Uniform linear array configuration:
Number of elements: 12
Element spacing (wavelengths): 0.75
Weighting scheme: exponential
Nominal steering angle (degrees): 0
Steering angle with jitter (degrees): -0.4316
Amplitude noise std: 0.05
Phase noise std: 0.05

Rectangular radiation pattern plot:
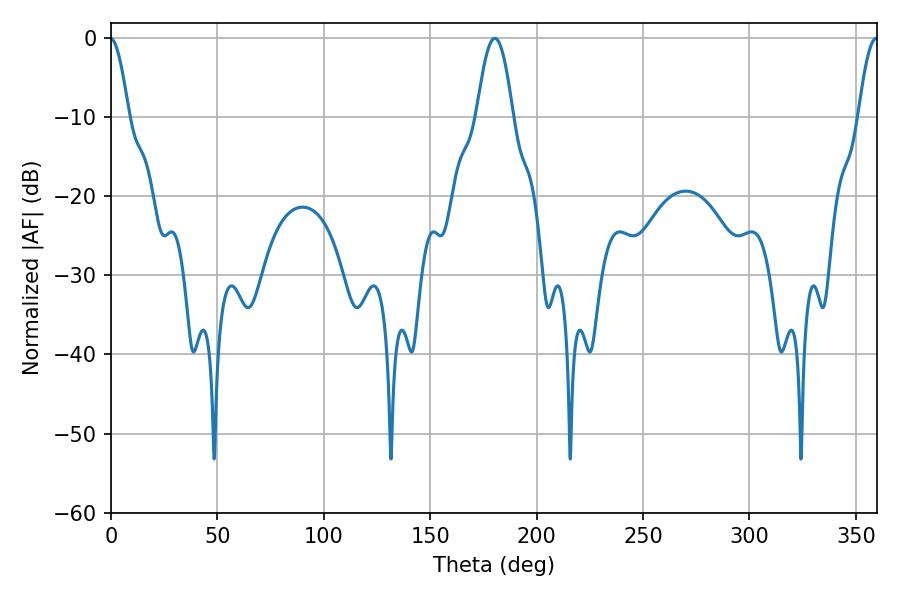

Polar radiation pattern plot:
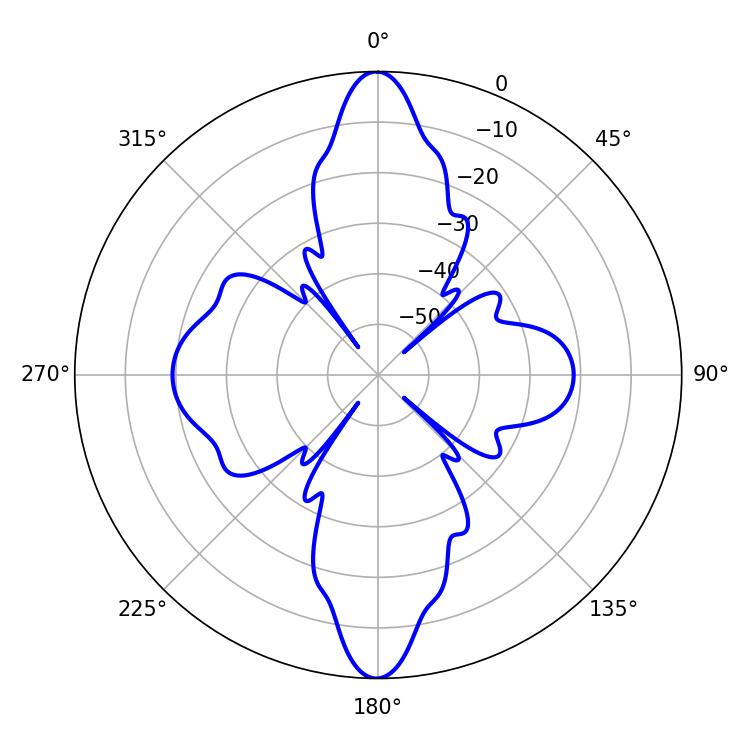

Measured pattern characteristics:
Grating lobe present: TRUE
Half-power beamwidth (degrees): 9.18
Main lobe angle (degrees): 180.36